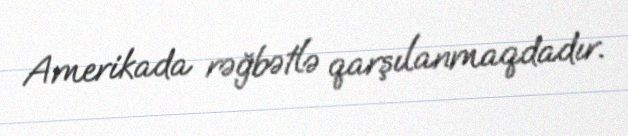
Amerikada rəğbətlə qarşılanmaqdadır.